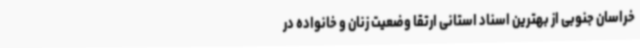
خراسان جنوبی از بهترین اسناد استانی ارتقا وضعیت زنان و خانواده در